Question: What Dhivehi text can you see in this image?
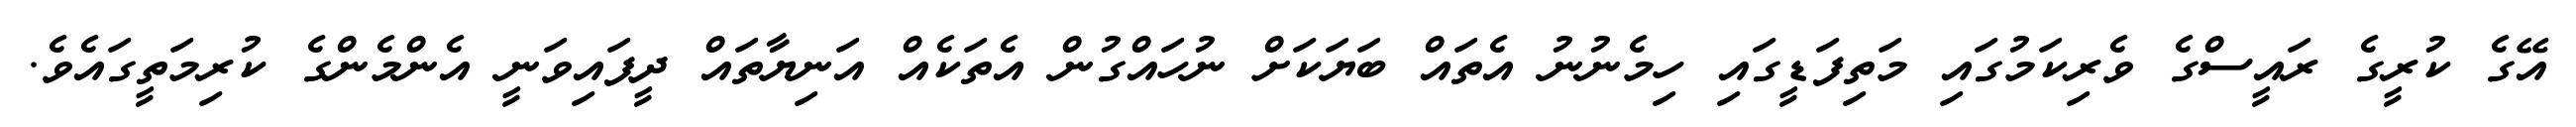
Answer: އޭގެ ކުރީގެ ރައީސްގެ ވެރިކަމުގައި މަތިފަޑީގައި ހިމެނުނު އެތައް ބަޔަކަށް ނުހައްގުން އެތަކެއް އަނިޔާތައް ދީފައިވަނީ އެންމެންގެ ކުރިމަތީގައެވެ.